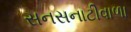
સનસનાટીવાળા